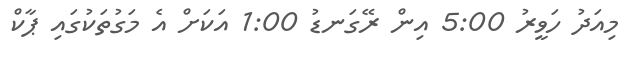
މިއަދު ހަވީރު 5:00 އިން ރޭގަނޑު 1:00 އަކަށް އެ މަގުތަކުގައި ޕާކް